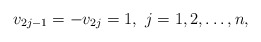
\begin{align*} v_{2j-1}=-v_{2j}=1,\,\, j=1,2,\ldots,n, \end{align*}